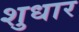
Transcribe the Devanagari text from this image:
शुधार